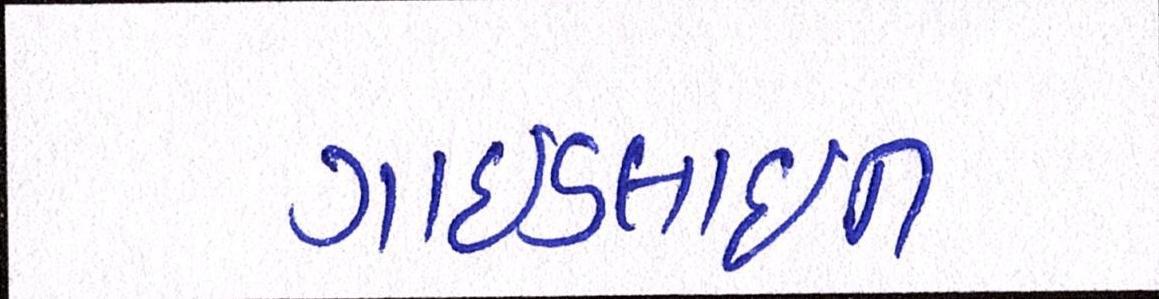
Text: ગાઈડલાઈન